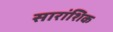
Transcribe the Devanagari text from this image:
सारांशिक